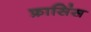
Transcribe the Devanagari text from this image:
फ्रासिंस